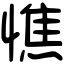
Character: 憔